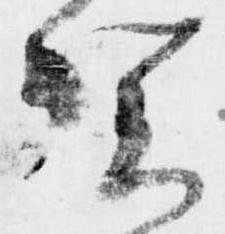
賀